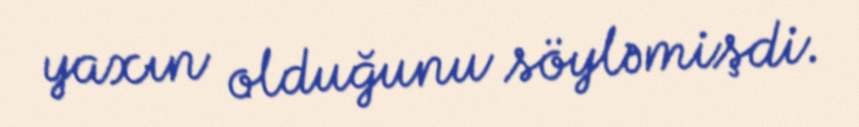
yaxın olduğunu söyləmişdi.